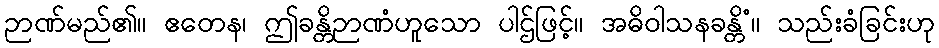
ဉာဏ်မည်၏။ ဧတေန၊ ဤခန္တိဉာဏံဟူသော ပါဌ်ဖြင့်။ အဓိဝါသနခန္တိံ။ သည်းခံခြင်းဟု